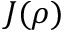
J ( \rho )